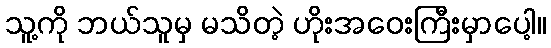
သူ့ကို ဘယ်သူမှ မသိတဲ့ ဟိုးအဝေးကြီးမှာပေါ့။